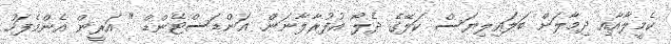
ކެމީލާއާއި ދިމާލަށް ބަލައިލިޔަސް ކަލޭގެ ދެލޯ އުފުރާލާނަން. އަންޑަސްޓޭންޑް " އަރީން އެންމެފަހު